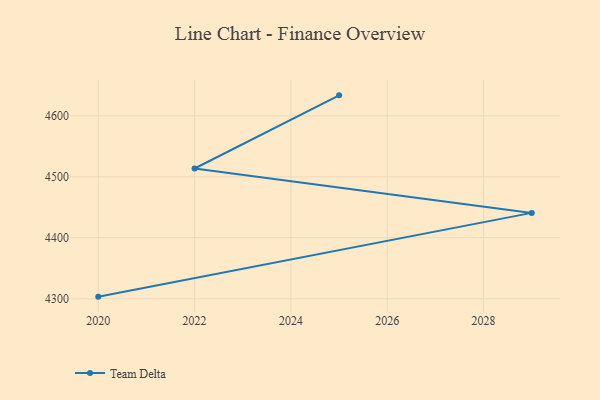
{"axis": {"x": "Year", "y": "Website Visitors"}, "legend": ["Team Delta"], "data": [{"x": "2025", "y": 4633.6, "type": "Team Delta"}, {"x": "2022", "y": 4513.6, "type": "Team Delta"}, {"x": "2029", "y": 4440.8, "type": "Team Delta"}, {"x": "2020", "y": 4303.4, "type": "Team Delta"}]}